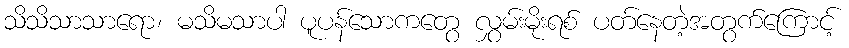
သိသိသာသာရော၊ မသိမသာပါ ပူပန်သောကတွေ လွှမ်းမိုးရစ် ပတ်နေတဲ့အတွက်ကြောင့်